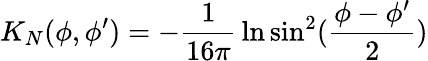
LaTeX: K_{N}(\phi,\phi^{\prime})=-{\frac{1}{16\pi}}\ln\sin^{2}({\frac{\phi-\phi^{\prime}}{2}})